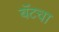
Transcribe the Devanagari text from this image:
बॅटचा